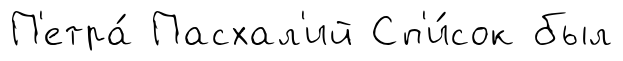
П'етра́ Пасхал'ий Сп'и́сок был